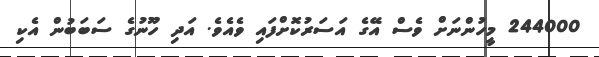
244000 މީހުންނަށް ވެސް އޭގެ އަސަރުކޮށްފައި ވެއެވެ. އަދި ހޫނުގެ ސަބަބުން އެކި